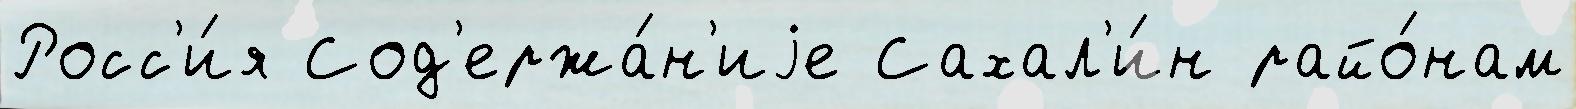
Росс'и́я Сод'ержа́н'иjе Сахал'и́н райо́нам